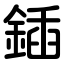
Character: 鍤